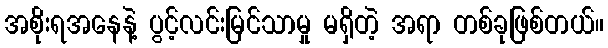
အစိုးရအနေနဲ့ ပွင့်လင်းမြင်သာမှု မရှိတဲ့ အရာ တစ်ခုဖြစ်တယ်။